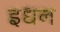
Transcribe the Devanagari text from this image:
इधन